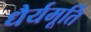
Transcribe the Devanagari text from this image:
धैर्यमूर्ति